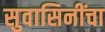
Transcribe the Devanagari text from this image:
सुवासिनींचा